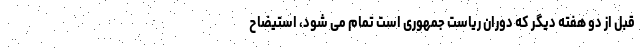
قبل از دو هفته دیگر که دوران ریاست جمهوری است تمام می شود، استیضاح